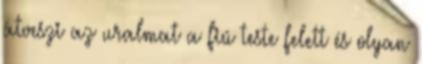
átveszi az uralmat a fiú teste felett és olyan